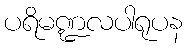
ပရိမဏ္ဍလပါရုပန